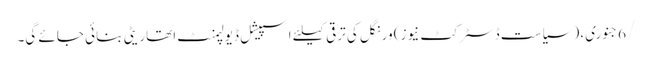
/6جنوری، ( سیاست ڈسٹرکٹ نیوز) ورنگل کی ترقی کیلئے اسپیشل ڈیولپمنٹ اتھاریٹی بنائی جائے گی۔